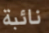
نائبة